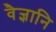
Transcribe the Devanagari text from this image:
वैज्ञानि